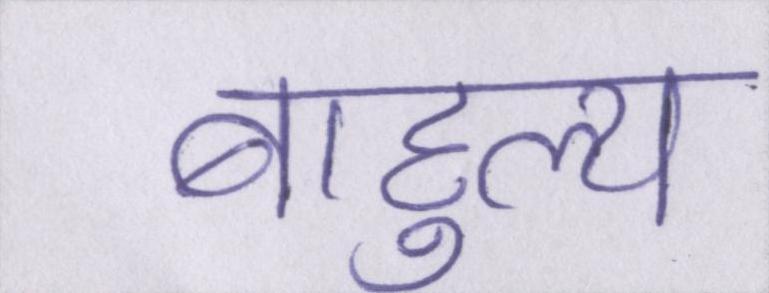
बाहुल्य